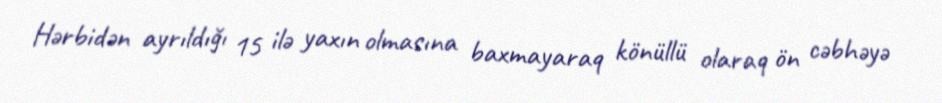
Hərbidən ayrıldığı 15 ilə yaxın olmasına baxmayaraq könüllü olaraq ön cəbhəyə